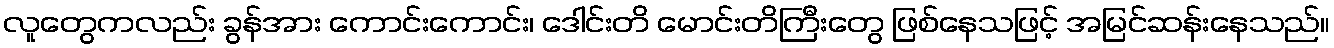
လူတွေကလည်း ခွန်အား ကောင်းကောင်း၊ ဒေါင်းတိ မောင်းတိကြီးတွေ ဖြစ်နေသဖြင့် အမြင်ဆန်းနေသည်။